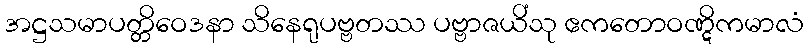
အဋ္ဌသမာပတ္တိဝေဒနာ သိနေရုပဗ္ဗတဿ ပဗ္ဗာဇယိံသု ဧကတောဝဏ္ဋိကမာလံ